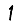
Digit: 1